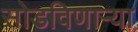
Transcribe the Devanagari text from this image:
सोडविणाऱ्या